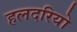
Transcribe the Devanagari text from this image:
हलदरियो